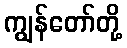
ကျွန်တော်တို့